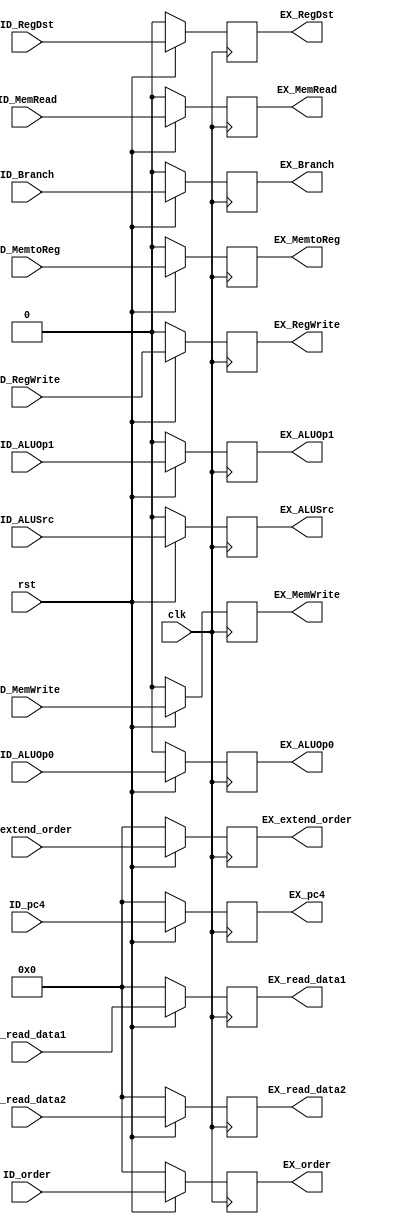
`timescale 1ns / 1ps
//////////////////////////////////////////////////////////////////////////////////
// Company: 
// Engineer: 
// 
// Design Name: 
// Module Name: ID_EX
// Project Name: 
// Target Devices: 
// Tool Versions: 
// Description: 
// 
// Dependencies: 
// 
// Revision:
// Revision 0.01 - File Created
// Additional Comments:
// 
//////////////////////////////////////////////////////////////////////////////////


module ID_EX(clk, rst, ID_RegDst, ID_Branch, ID_MemRead, ID_MemtoReg, ID_ALUOp0, ID_ALUOp1, ID_MemWrite, ID_ALUSrc, ID_RegWrite,
EX_RegDst,EX_Branch,EX_MemRead,EX_MemtoReg,EX_ALUOp0,EX_ALUOp1,EX_MemWrite,EX_ALUSrc,EX_RegWrite,
ID_read_data1,ID_read_data2,ID_extend_order,ID_pc4,ID_order,EX_read_data1,EX_read_data2,EX_extend_order,EX_pc4,EX_order);

input clk,rst,ID_RegDst,ID_Branch,ID_MemRead,ID_MemtoReg,ID_ALUOp0,ID_ALUOp1,ID_MemWrite,ID_ALUSrc,ID_RegWrite;
output reg EX_RegDst,EX_Branch,EX_MemRead,EX_MemtoReg,EX_ALUOp0,EX_ALUOp1,EX_MemWrite,EX_ALUSrc,EX_RegWrite;
input [31:0]ID_read_data1,ID_read_data2,ID_extend_order,ID_pc4,ID_order;
output reg [31:0]EX_read_data1,EX_read_data2,EX_extend_order,EX_pc4,EX_order;

    always @(posedge clk)begin
       //1bitsignal
        EX_RegDst<=(rst==1'b0)?0:ID_RegDst;
        EX_Branch<=(rst==1'b0)?0:ID_Branch;
        EX_MemRead<=(rst==1'b0)?0:ID_MemRead;
        EX_MemtoReg<=(rst==1'b0)?0:ID_MemtoReg;
        EX_ALUOp0<=(rst==1'b0)?0:ID_ALUOp0;
        EX_ALUOp1<=(rst==1'b0)?0:ID_ALUOp1;
        EX_MemWrite<=(rst==1'b0)?0:ID_MemWrite;
        EX_ALUSrc<=(rst==1'b0)?0:ID_ALUSrc;
        EX_RegWrite<=(rst==1'b0)?0:ID_RegWrite;
        //31bitdata
        EX_read_data1<=(rst==1'b0)?0:ID_read_data1;
        EX_read_data2<=(rst==1'b0)?0:ID_read_data2;
        EX_extend_order<=(rst==1'b0)?0:ID_extend_order;
        EX_pc4<=(rst==1'b0)?0:ID_pc4;
        EX_order<=(rst==1'b0)?0:ID_order;
    end
endmodule